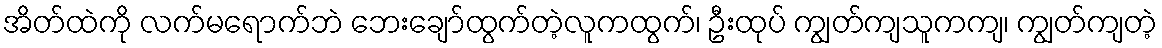
အိတ်ထဲကို လက်မရောက်ဘဲ ဘေးချော်ထွက်တဲ့လူကထွက်၊ ဦးထုပ် ကျွတ်ကျသူကကျ၊ ကျွတ်ကျတဲ့